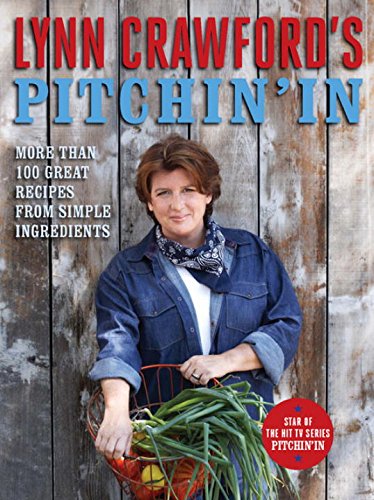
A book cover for Lynn Crawford's Pitchin' In: 100 Great Recipes From Simple Ingredients; Lynn Crawford; Cookbooks, Food & Wine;